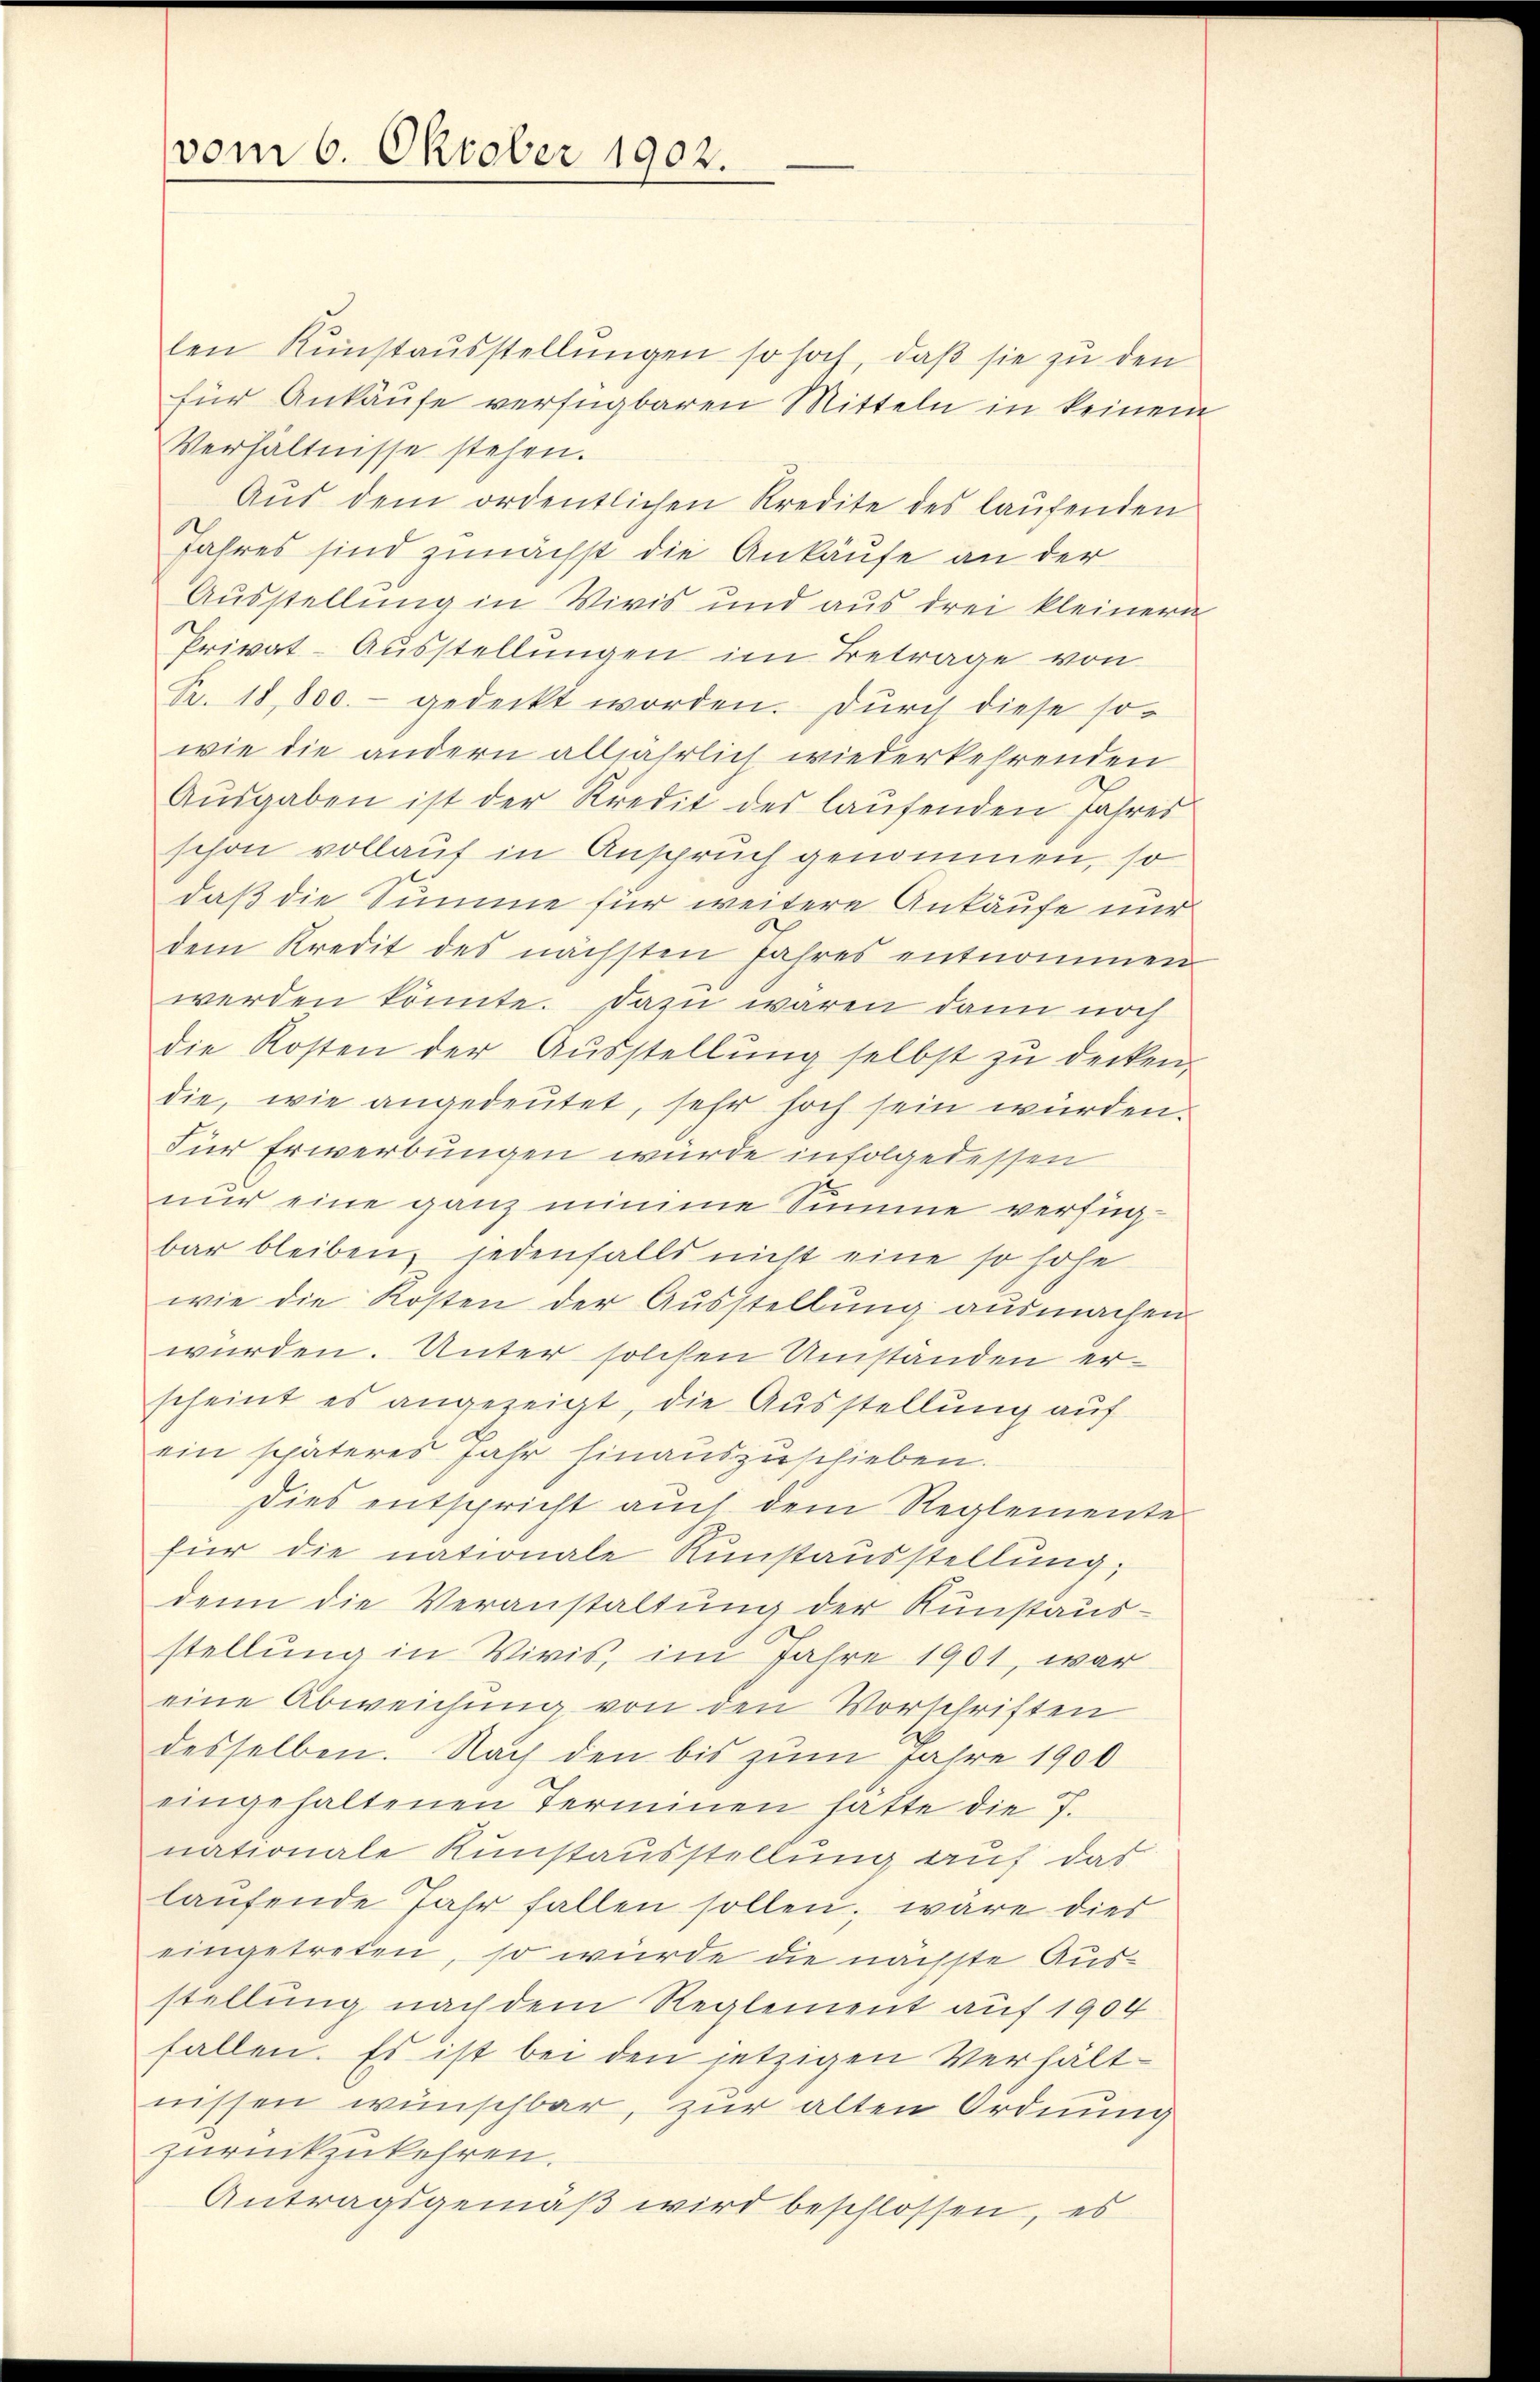
vom 6. Oktober 1902.

len Kunstausstellŭngen so hoch, daß sie zu den
für Ankäufe verfügbaren Mitteln in keinem
Verhältnisse stehen.
Aŭs dem ordentlichen Kredite des laufenden
Jahres sind zunächst die Ankäufe an der
Ausstellung in Vivis und aus drei kleinern
Privat-Ausstellungen im Betrage von
R. 18,800.- gedeckt worden. Durch diese so-
wie die andern alljährlich wiederkehrenden
Aŭsgaben ist der Kredit des laufenden Jahres
schon vollauf in Anspruch genommen, so
daß die Summe für weitere Ankäufe nur
dem Kredit des nächsten Jahres entnommen
werden könnte. Dazu wären dann noch
die Kosten der Aŭsstellŭng selbst zŭ decken,
die, wie angedeutet, sehr hoch sein würden.
Für Erwerbungen wurde infolgedessen
nur eine ganz mimme Summe verfüg-
bar bleiben, jedenfalls nicht eine so hohe
wie die Kosten der Ausstellung ausmachen
würden. Unter solchen Umständen erscheint es angezeigt, die Ausstellung auf
ein späteres Jahr hinauszuschieben.
Dies entspricht auch dem Reglemente
für die nationale Runstausstellung,
denn die Veranstaltung der Kunstausstellung in Vivis, im Jahre 1901, war
eine Abweichung von den Vorschriften
desselben. Nach den bis zum Jahre 1900
eingehaltenen Terminen hatte die S.
nationale Runstausstellung auf das
laŭfende Jahr fallen sollen. wäre dies
eingetreten, so würde die nächste Ausstellung nach dem Reglement auf 1904
fallen. Es ist bei den jetzigen Verhältnissen wünschbar, zur alten Ordnung
zurückzukehren.
Antragsgemäß wird beschlossen, es